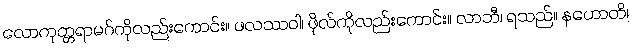
လောကုတ္တရာမဂ်ကိုလည်းကောင်း။ ဖလဿဝါ၊ ဖိုလ်ကိုလည်းကောင်း။ လာဘီ၊ ရသည်။ နဟောတိ၊